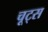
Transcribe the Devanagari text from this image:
चूट्स